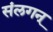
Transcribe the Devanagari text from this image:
संलगन्